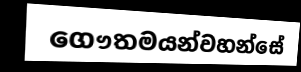
ගෞතමයන්වහන්සේ